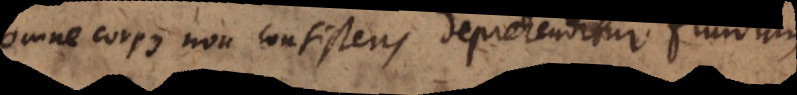
Omne corpus non consistens deprehenditur fluidum.